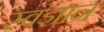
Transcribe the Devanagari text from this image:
स्वंज्ञान